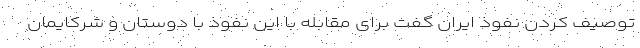
توصیف کردن نفوذ ایران گفت برای مقابله با این نفوذ با دوستان و شرکایمان